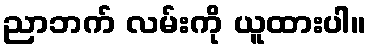
ညာဘက် လမ်းကို ယူထားပါ။